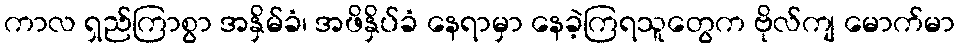
ကာလ ရှည်ကြာစွာ အနှိမ်ခံ၊ အဖိနှိပ်ခံ နေရာမှာ နေခဲ့ကြရသူတွေက ဗိုလ်ကျ မောက်မာ